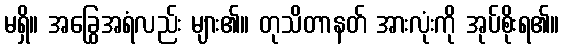
မရှိ။ အခြွေအရံလည်း များ၏။ တုသိတာနတ် အားလုံးကို အုပ်စိုးရ၏။